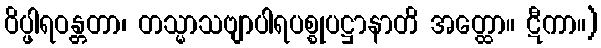
ဝိပ္ဖါရဝန္တတာ၊ တသ္မာသဗျာပါရပစ္စုပဋ္ဌာနာတိ အတ္ထော။ ဋီကာ။)